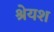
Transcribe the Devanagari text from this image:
श्रेयश